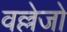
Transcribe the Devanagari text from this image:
वल्लेजो